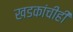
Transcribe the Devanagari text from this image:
खडकांचीही